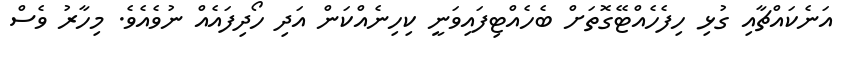
އަނެކައްޗާއި ގުޅި ހިފެހެއްޓޭގޮތަށް ބެހެއްޓިފައިވަނީ ކިހިނެއްކަން އަދި ހޯދިފައެއް ނުވެއެވެ. މިހާރު ވެސް